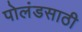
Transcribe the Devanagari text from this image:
पोलंडसाठी